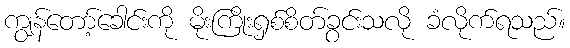
ကျွန်တော့်ခေါင်းကို မိုးကြိုးရှစ်စိတ်ခွင်းသလို ခံလိုက်ရသည်။